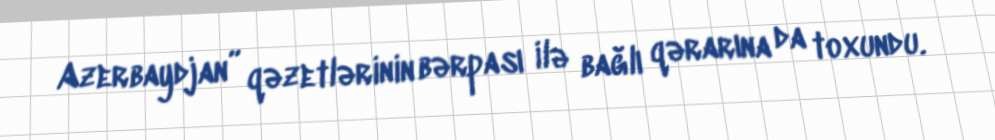
Azerbaydjan” qəzetlərinin bərpası ilə bağlı qərarına da toxundu.